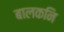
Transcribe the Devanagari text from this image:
बालकनि